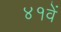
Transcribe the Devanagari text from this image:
४१वें